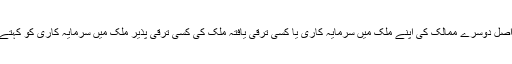
یہ دراصل دوسرے ممالک کی اپنے ملک میں سرمایہ کاری یا کسی ترقی یافتہ ملک کی کسی ترقی پذیر ملک میں سرمایہ کاری کو کہتے ہیں ۔